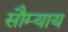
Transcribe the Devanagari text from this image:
सौम्याय